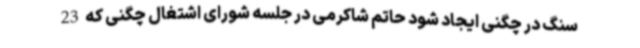
سنگ در چگنی ایجاد شود حاتم شاکرمی در جلسه شورای اشتغال چگنی که 23